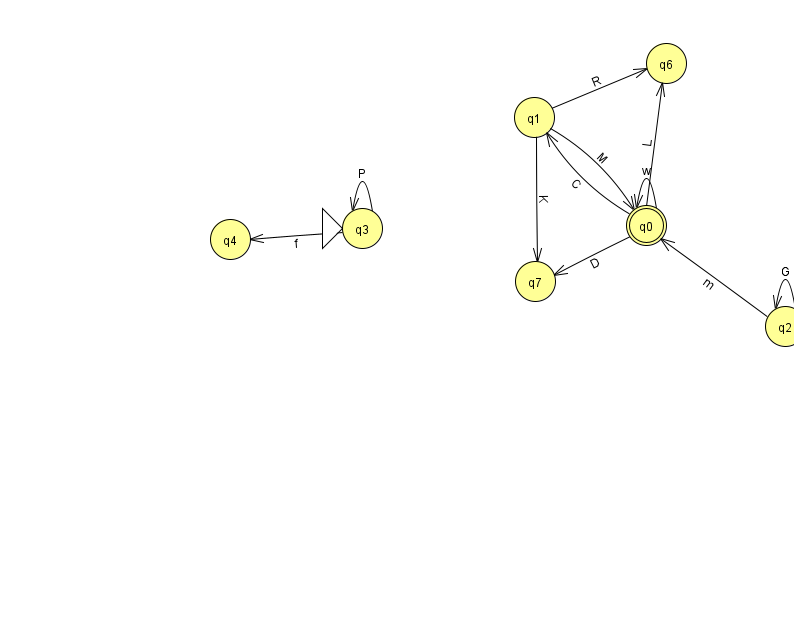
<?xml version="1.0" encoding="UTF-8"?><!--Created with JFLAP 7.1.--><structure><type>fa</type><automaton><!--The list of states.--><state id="0" name="q0"><x>646.0</x><y>212.0</y><final/></state><state id="1" name="q1"><x>534.0</x><y>104.0</y></state><state id="2" name="q2"><x>785.0</x><y>313.0</y></state><state id="3" name="q3"><x>362.0</x><y>215.0</y><initial/></state><state id="4" name="q4"><x>230.0</x><y>226.0</y></state><state id="6" name="q6"><x>666.0</x><y>50.0</y></state><state id="7" name="q7"><x>535.0</x><y>268.0</y></state><!--The list of transitions.--><transition><from>3</from><to>3</to><read>P</read></transition><transition><from>0</from><to>6</to><read>L</read></transition><transition><from>1</from><to>7</to><read>K</read></transition><transition><from>0</from><to>1</to><read>C</read></transition><transition><from>2</from><to>0</to><read>m</read></transition><transition><from>0</from><to>0</to><read>w</read></transition><transition><from>2</from><to>2</to><read>G</read></transition><transition><from>3</from><to>4</to><read>f</read></transition><transition><from>1</from><to>0</to><read>M</read></transition><transition><from>1</from><to>6</to><read>R</read></transition><transition><from>0</from><to>7</to><read>D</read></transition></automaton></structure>